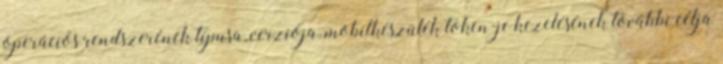
operációs rendszerének típusa, verziója, mobilkészülék token-je kezelésének további célja